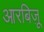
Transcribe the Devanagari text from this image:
आरबिज़ू